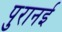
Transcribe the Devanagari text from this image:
पुरानई